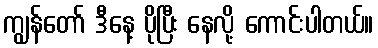
ကျွန်တော် ဒီနေ့ ပိုပြီး နေလို့ ကောင်းပါတယ်။